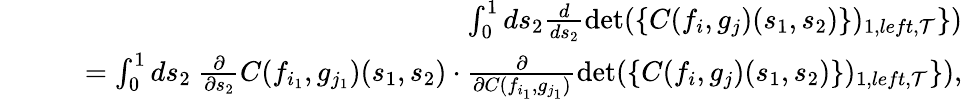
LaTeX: \begin{array}{rlr}&{}&{\int_{0}^{1}ds_{2}\frac{d}{ds_{2}}\operatorname*{det}(\{ C(f_{i},g_{j})(s_{1},s_{2})\} )_{1,left,{\cal T}}\} )}\\ &{}&{\quad=\int_{0}^{1}ds_{2}\ \frac{\partial}{\partial s_{2}}C(f_{i_{1}},g_{j_{1}})(s_{1},s_{2})\cdot\frac{\partial}{\partial C(f_{i_{1}},g_{j_{1}})}\operatorname*{det}(\{ C(f_{i},g_{j})(s_{1},s_{2})\} )_{1,left,{\cal T}}\} ),}\end{array}